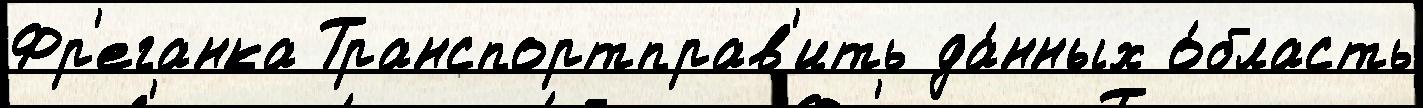
Фр'еганка Транспортправ'ить да́нных о́бласть